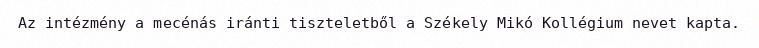
Az intézmény a mecénás iránti tiszteletből a Székely Mikó Kollégium nevet kapta.